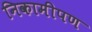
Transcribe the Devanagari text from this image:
निकामीपण